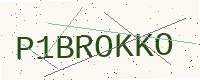
Text: P1BROKKO